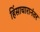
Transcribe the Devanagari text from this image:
हिंसाचारानंतर